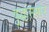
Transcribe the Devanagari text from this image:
बुद्धांसमोर